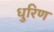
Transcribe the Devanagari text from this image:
धुरिण